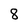
Character: 8